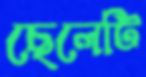
ছেলেটি